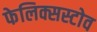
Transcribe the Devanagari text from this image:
फेलिक्सस्टोव